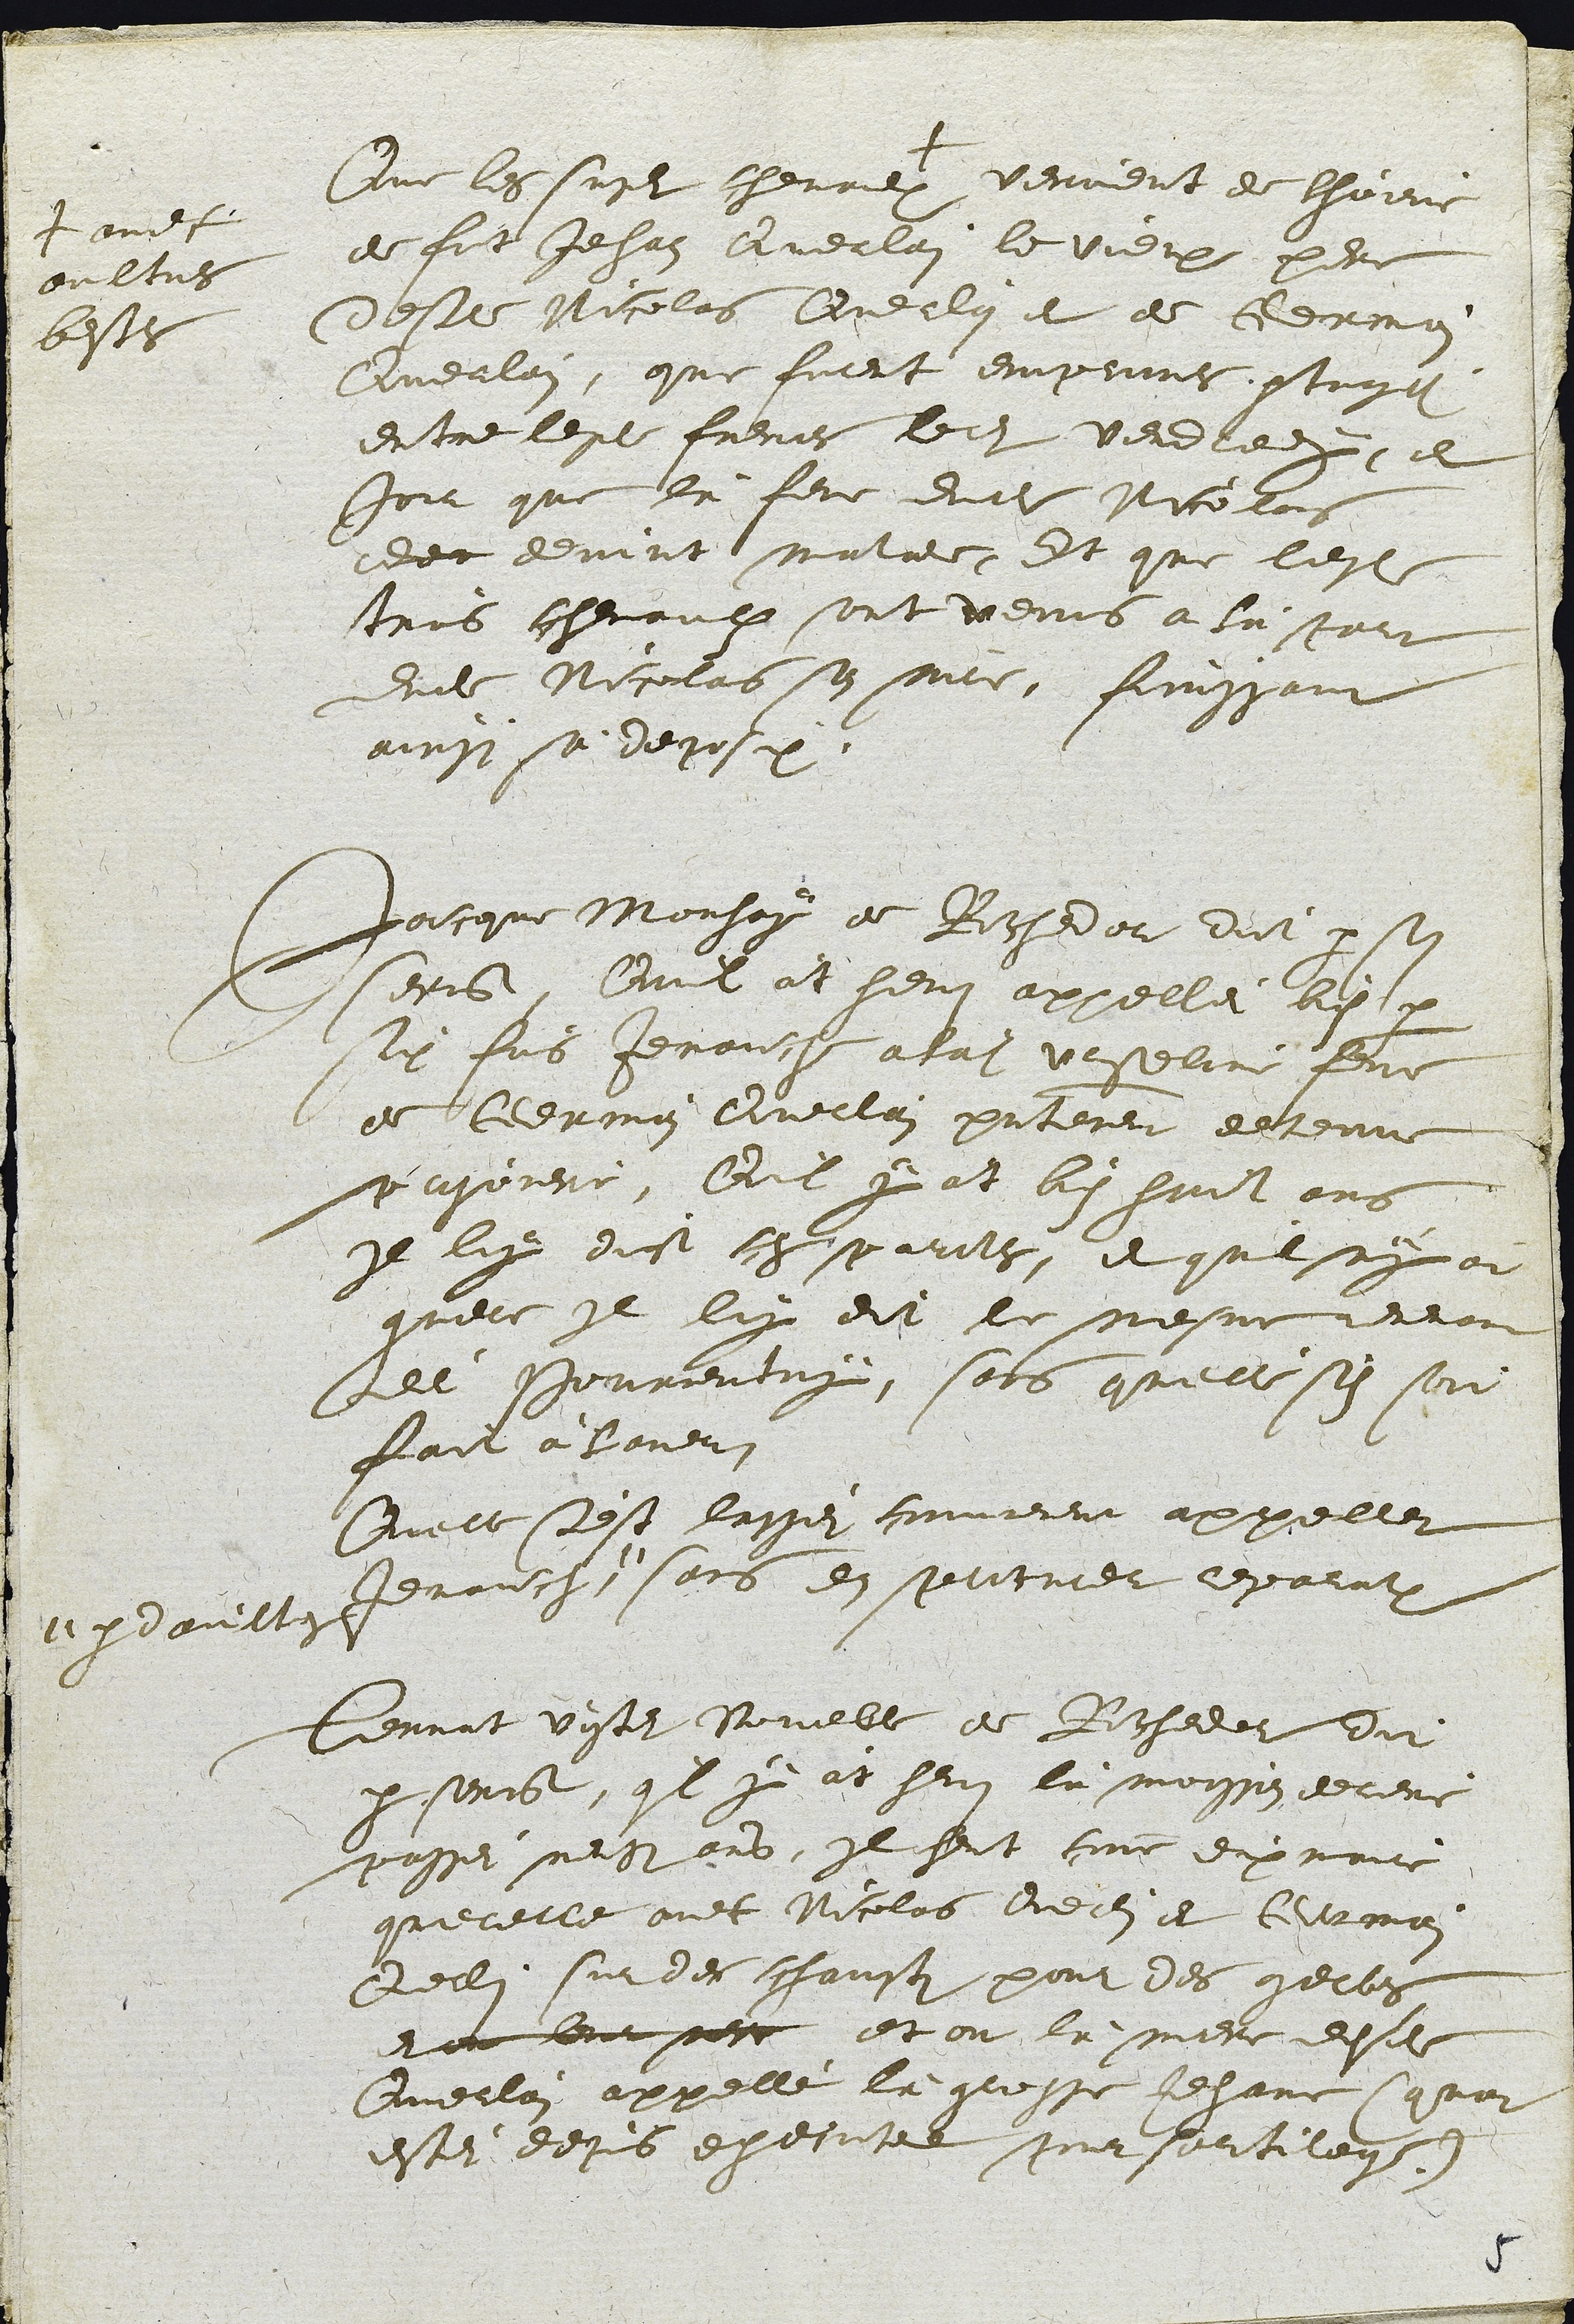
Que les susdits chevaulx +
+avec
aultres
bestes
venoient de lhoirie
de fut Jehan Querlain le Vieux pere
desdits Nicolas Querlain et de Germain
Querlain, que furent empruns partages
entre lesdits freres ledit vendredy, le
Jour que là feme dudit Nicolas
dec devint malade, Et que lesdits
trois chevaulx sont venus a là part
dudit Nicolas son maitre, finissant
ainsi sa deposition.
Jacques Mouhay de Rochedor dict par son
serrement, Quil at heut appellei bien par
six fois Jenauche aladite Urseline feme
de Germain Querlain presentement detenue
prisoniere, Quil y at bien huit ans
Il luy dist ces paroles, et quil ny at
guere Il luy dit le mesme devant
dé Pourrentruy, sans qu'elle s'en soit
fait à Laver.
Quelle s'est lassei communement appeller
Jenauche "
" par d'aultres
sans en procurer reparation
Tennat Vyter Voueble de Rochedor dit
par serrement, quil y àt heut là moisson dernere
passei neuff ans, Il heut comme dixmeur
querelle avec Nicolas Querlain et Germain
Querlain sur des champts pour des gerbes
et ou leur mer et ou là mere desdits
Querlain appellé là grosse Jehane (quat
estei depuis executee pour sortilege)

5